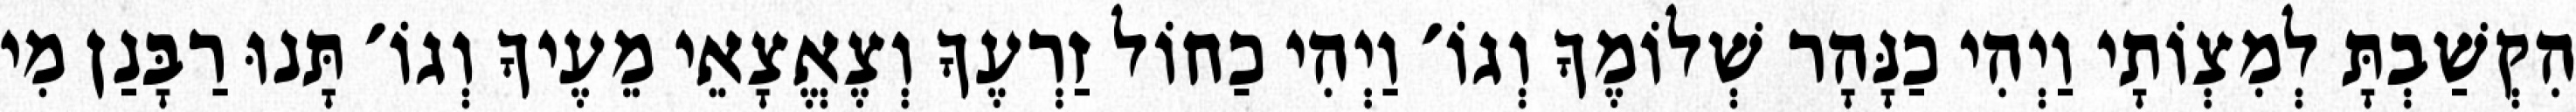
הִקְשַׁבְתָּ לְמִצְוֹתָי וַיְהִי כַנָּהָר שְׁלוֹמֶךָ וְגוֹ׳ וַיְהִי כַחוֹל זַרְעֶךָ וְצֶאֱצָאֵי מֵעֶיךָ וְגוֹ׳ תָּנוּ רַבָּנַן מִי